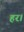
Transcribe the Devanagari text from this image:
हर।